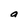
Character: a